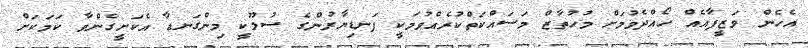
އެހެން ވަޒީފާއެއް ހޯއްދެވުމަށް މުހުތާޒް މަސައްކަތްކުރެއްވުމަކީ ފަނޑިޔާރުންގެ ސުލޫކީ މިންގަނޑާ އެކަށީގެންވާ ކަމަކަށް